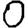
Digit: 0